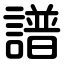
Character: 譜